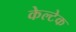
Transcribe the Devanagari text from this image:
केल्टेक